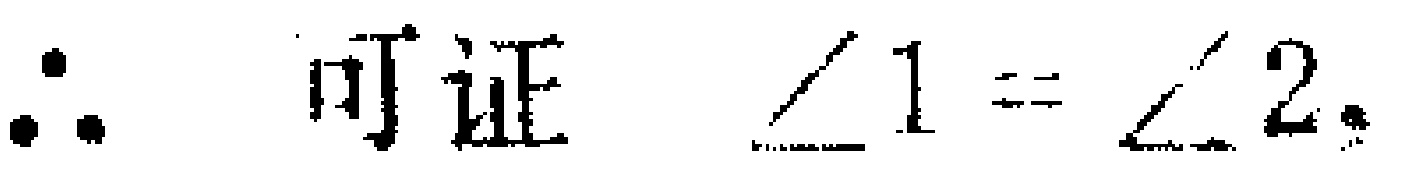
\(\therefore\) 可证 \(\angle 1 = \angle 2\).